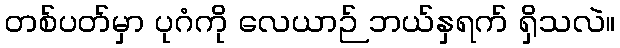
တစ်ပတ်မှာ ပုဂံကို လေယာဉ် ဘယ်နှရက် ရှိသလဲ။